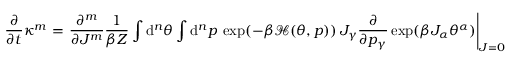
\frac { \partial } { \partial t } \kappa ^ { m } = \left. \frac { \partial ^ { m } } { \partial J ^ { m } } \frac { 1 } { \beta Z } \int \mathrm { d } ^ { n } \theta \int \mathrm { d } ^ { n } p \: \exp ( - \beta \mathcal { H } ( \theta , p ) ) \: J _ { \gamma } \frac { \partial } { \partial p _ { \gamma } } \exp ( \beta J _ { \alpha } \theta ^ { \alpha } ) \right| _ { J = 0 } = 0 ,